Sketch of the medical history of the native army of Bombay, for the year
Year: 1872
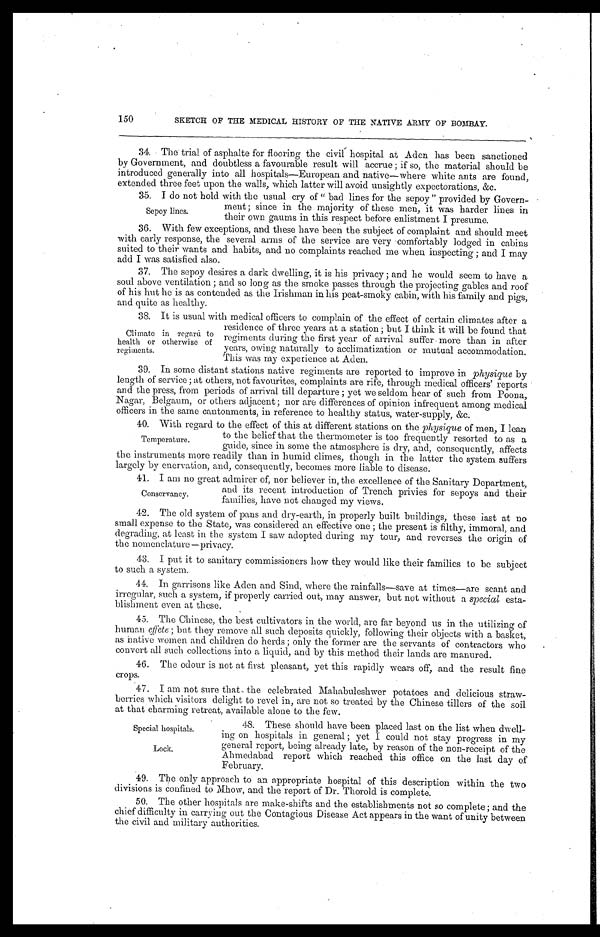
150
SKETCH OF THE MEDICAL HISTORY OF THE NATIVE ARMY OF BOMBAY.
34. The trial of asphalte for flooring the civil hospital at Aden has been sanctioned
by Government, and doubtless a favourable result will accrue ; if so, the material should be
introduced generally into all hospitals—European and native—where white ants are found,
extended three feet upon the walls, which latter will avoid unsightly expectorations, &c.
35. I do not hold with the usual cry of " bad lines for the sepoy " provided by Govern-
Sepoy lines.
ment ; since in the majority of these men, it was harder lines in
their own gaums in this respect before enlistment I presume.
36. With few exceptions, and these have been the subject of complaint and should meet
with early response, the several arms of the service are very comfortably lodged in cabins
suited to their wants and habits, and no complaints reached me when inspecting ; and I may
add I was satisfied also.
37. The sepoy desires a dark dwelling, it is his privacy ; and he would seem to have a
soul above ventilation ; and so long as the smoke passes through the projecting gables and roof
of his hut he is as contended as the Irishman in his peat-smoky cabin, with his family and pigs,
and quite as healthy.
38. It is usual with medical officers to complain of the effect of certain climates after a
Climate in regard to
health or otherwise of
regiments.
residence of three years at a station ; but I think it will be found that
regiments during the first year of arrival suffer more than in after
years, owing naturally to acclimatization or mutual accommodation.
This was my experience at Aden.
39. In some distant stations native regiments are reported to improve in physique by
length of service ; at others, not favourites, complaints are rife, through medical officers' reports
and the press, from periods of arrival till departure ; yet we seldom hear of such from Poona,
Nagar, Belgaum, or others adjacent ; nor are differences of opinion infrequent among medical
officers in the same cantonments, in reference to healthy status, water-supply, &c.
40. With regard to the effect of this at different stations on the physique of men, I lean
to the belief that the thermometer is too frequently resorted to as a
guide, since in some the atmosphere is dry, and, consequently affects
the instruments more readily than in humid climes, though in the latter the system suffers
largely by enervation, and, consequently, becomes more liable to disease.
41. I am no great admirer of, nor believer in, the excellence of the Sanitary Department.
Temperature.
Conservancy.
and its recent introduction of Trench privies for sepoys and their
families, have not changed my views.
42. The old system of pans and dry-earth, in properly built buildings, these last at no
small expense to the State, was considered an effective one ; the present is filthy, immoral, and
degrading, at least in the system I saw adopted during my tour, and reverses the origin of
the nomenclature—privacy.
43. I put it to sanitary commissioners how they would like their families to be subject
to such a system.
44. In garrisons like Aden and Sind, where the rainfalls—save at times—are scant and
irregular, such a system, if properly carried out, may answer, but not without a special esta-
blishment even at these.
45. The Chinese, the best cultivators in the world, are far beyond us in the utilizing of
human effete ; but they remove all such deposits quickly, following their objects with a basket,
as native women and children do herds ; only the former are the servants of contractors who
convert all such collections into a liquid, and by this method their lands are manured.
46. The odour is not at first pleasant, yet this rapidly wears off, and the result fine
crops.
47. I am not sure that the celebrated Mahabuleshwer potatoes and delicious straw-
berries which visitors delight to revel in, are not so treated by the Chinese tillers of the soil
at that charming retreat, available alone to the few.
Special hospitals.
Lock.
48. These should have been placed last on the list when dwell-
ing on hospitals in general ; yet I could not stay progress in my
general report, being already late, by reason of the non-receipt of the
Ahmedabad report which reached this office on the last day of
February.
49. The only approach to an appropriate hospital of this description within the two
divisions is confined to Mhow, and the report of Dr. Thorold is complete.
50. The other hospitals are make-shifts and the establishments not so complete ; and the
chief difficulty in carrying out the Contagious Disease Act appears in the want of unity between
the civil and military authorities.